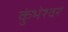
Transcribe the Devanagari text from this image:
कुंभेश्वर